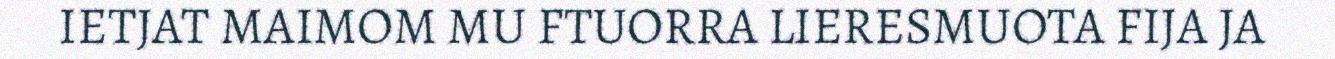
IETJAT MAIMOM MU FTUORRA LIERESMUOTA FIJA JA